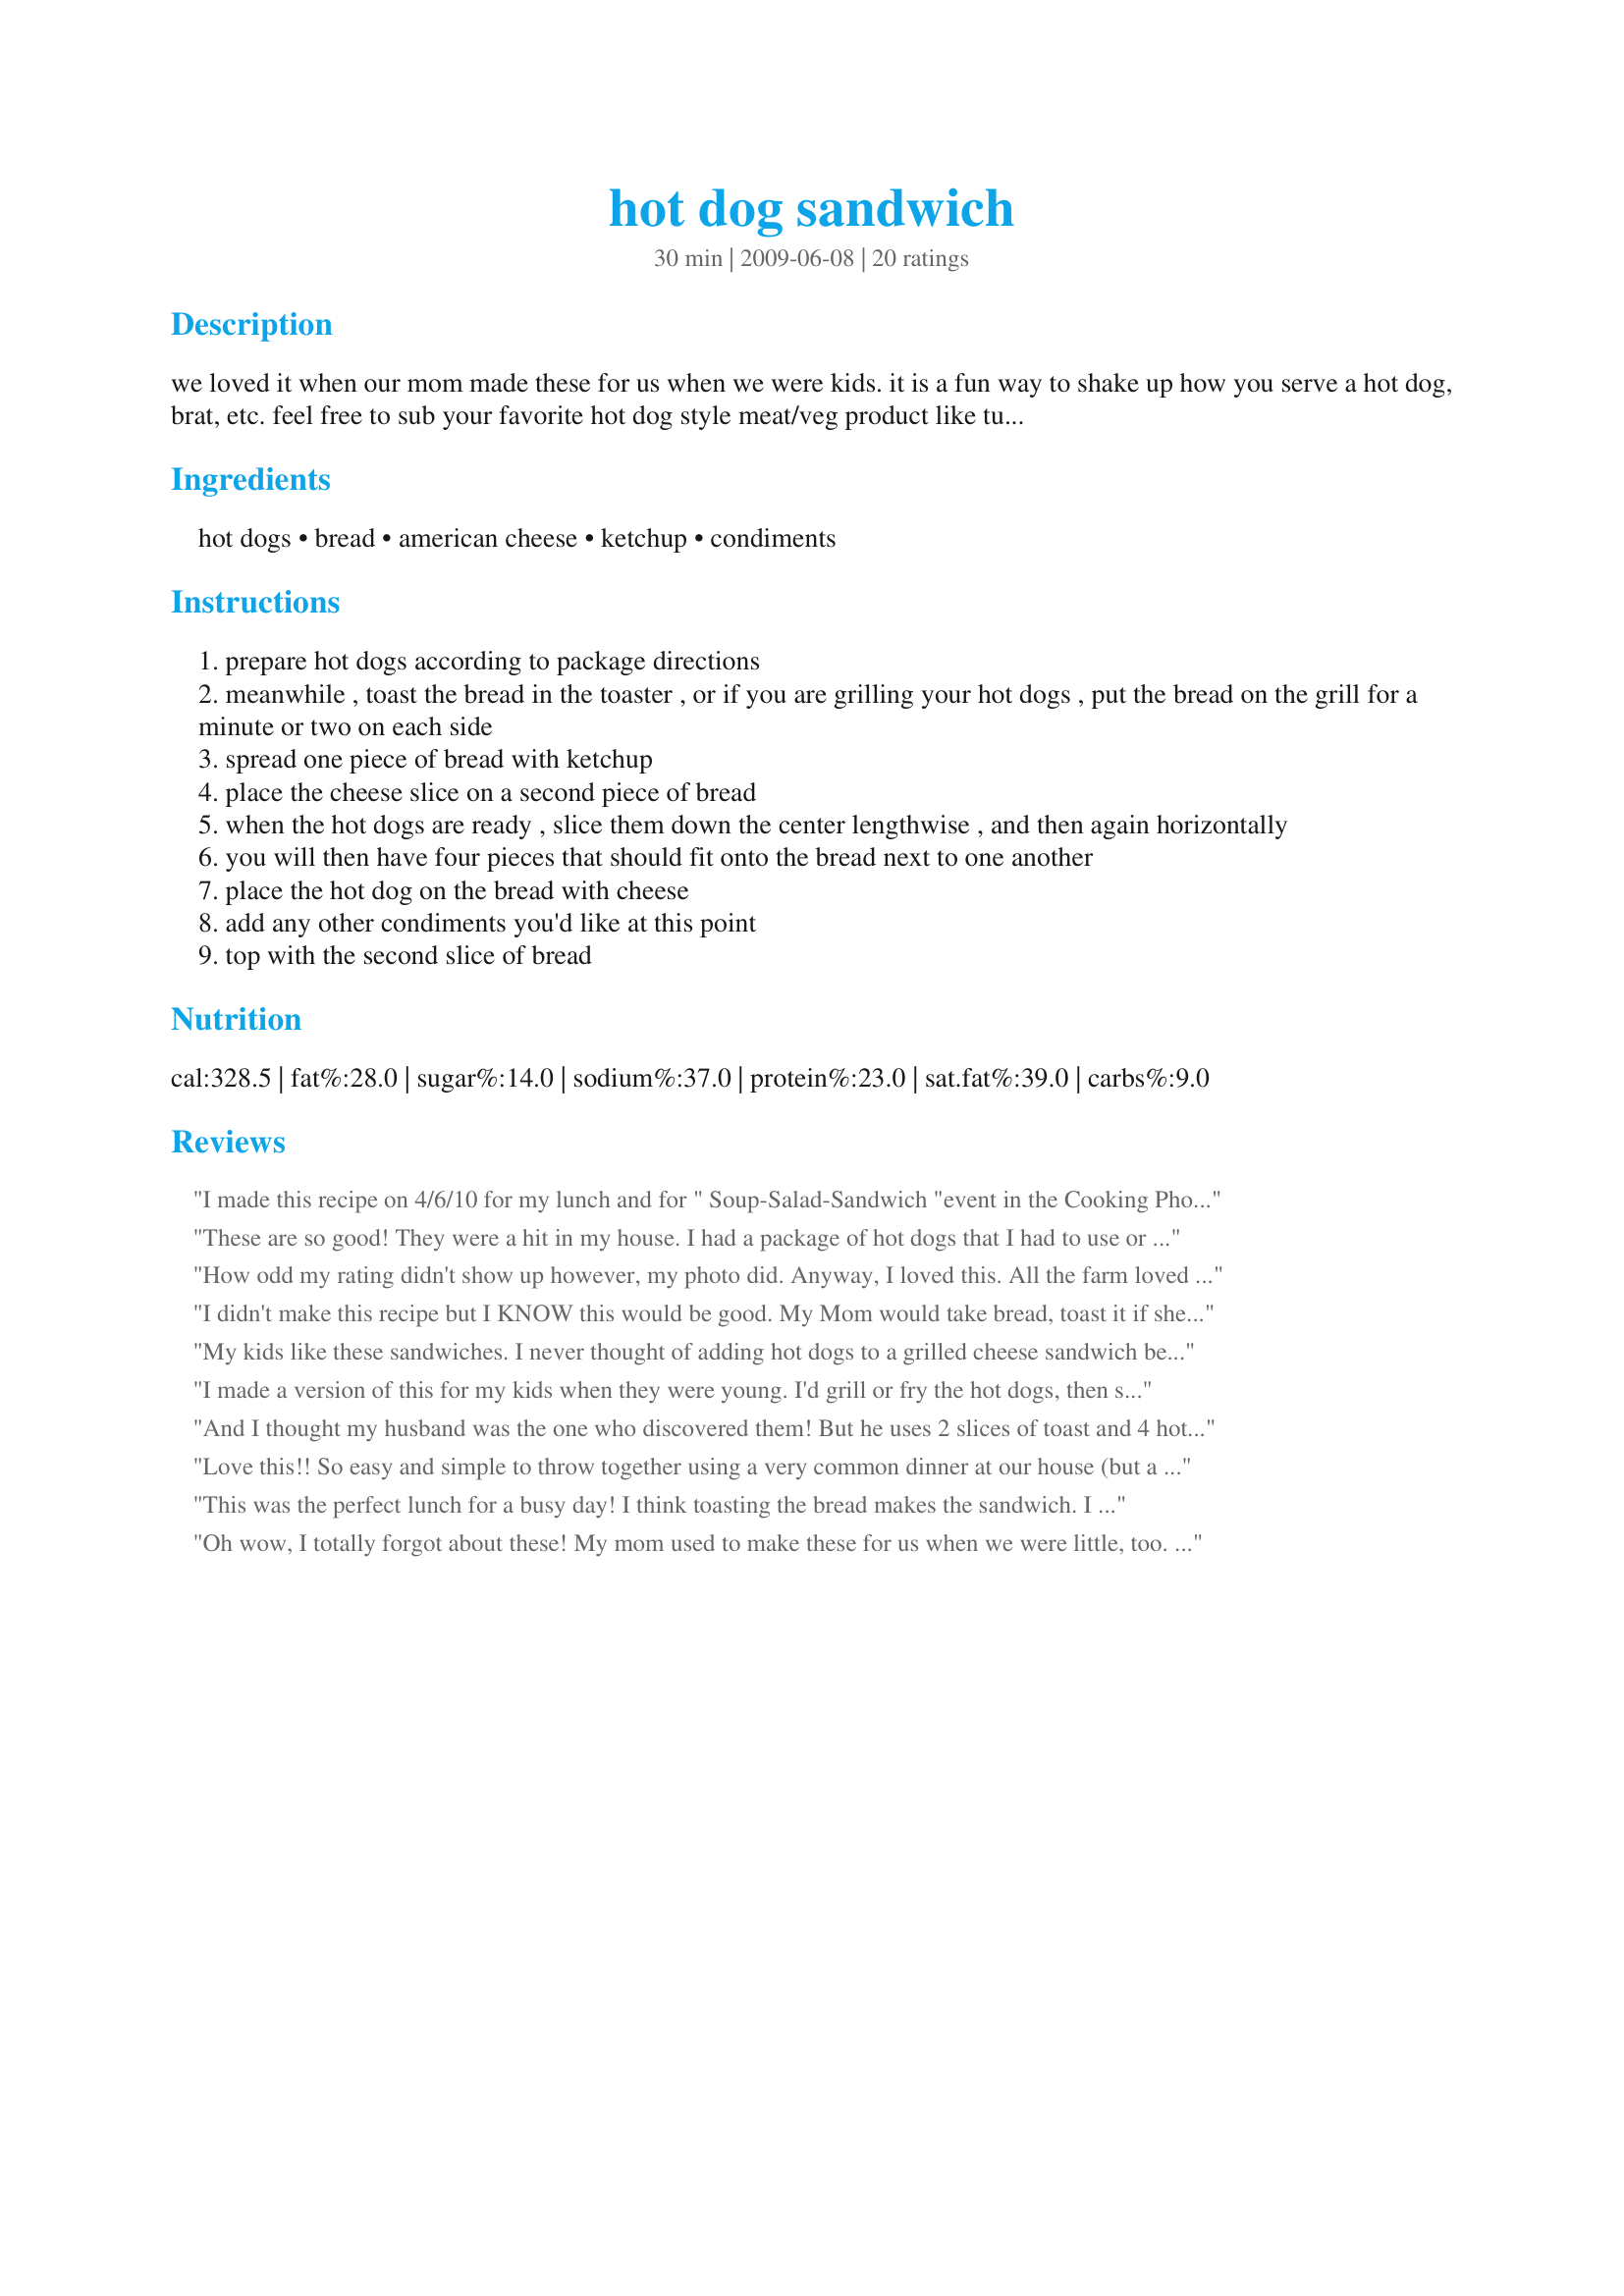
hot dog sandwich
Preparation time: 30 minutes

we loved it when our mom made these for us when we were kids. it is a fun way to shake up how you serve a hot dog, brat, etc. feel free to sub your favorite hot dog style meat/veg product like turkey dogs, veggie dogs etc.

Ingredients:
hot dogs, bread, american cheese, ketchup, condiments

Steps:
prepare hot dogs according to package directions
meanwhile , toast the bread in the toaster , or if you are grilling your hot dogs , put the bread on the grill for a minute or two on each side
spread one piece of bread with ketchup
place the cheese slice on a second piece of bread
when the hot dogs are ready , slice them down the center lengthwise , and then again horizontally
you will then have four pieces that should fit onto the bread next to one another
place the hot dog on the bread with cheese
add any other condiments you'd like at this point
top with the second slice of bread

Reviews:
I made this recipe on 4/6/10 for my lunch and for " Soup-Salad-Sandwich "event in the Cooking Photo Forum.I sort of made the recipe as it was written ;), Instead of toasting the bread, it was made sort of like a grilled cheese. Except for grilling and adding some onions, the recipe was made as written. It's hard to believe that something so simple could be so good. Thank you for posting and, " Keep Smiling :) "
These are so good! They were a hit in my house. I had a package of hot dogs that I had to use or lose and no buns. Luckily I found this recipe and it will definitely be going into my rotation for when I need something quick and easy. I did make a few changes though. I didn&#039;t put ketchup on it because not everyone in my house likes it. Also, I did a regular grilled cheese and just added the cooked hot dogs. So I Buttered the bread, put garlic salt and parmesan cheese on it, put it in the pan buttered side down, added the cheese and hot dog and cooked both sides till brown. So good!!
How odd my rating didn't show up however, my photo did. Anyway, I loved this. All the farm loved this. This is the type of comfort sandwich that just is so.......right. And so yummy. A great treat, and so very generous on taste. I first boiled these for 5 minutes, sliced them, and put them on the grill for about 2 more minutes, along with the bread, (I used a crispy country loaf) and spread the ketchup on the bottom, added the cheese, put this on the grill a bit more (about 30 seconds) and jammed into DH's mouth. Well, he jammed in, I just handed it to him, (after he put on some minced ice cold onion too). Great nostalgic picnic treat~ Made for *Everyday is a Holiday* July 2009
I didn't make this recipe but I KNOW this would be good. My Mom would take bread, toast it if she felt like it, and then put Miracle Whip on the bread. She would fry an egg over hard and then put egg topped with hotdogs , sliced lengthwise, on the bread. She would put cheese on mine, topped with onions and ketchup. It was an awesome food to grub on and I still eat them to this day. YUM!!!
My kids like these sandwiches. I never thought of adding hot dogs to a grilled cheese sandwich before, but this went over really well with the kids.
I made a version of this for my kids when they were young. I'd grill or fry the hot dogs, then slice them in half....sometime I'd just cut little discs. Then I'd melt a little butter in a skillet and spread it on one half of two slices of bread. Put a slice of cheese and the hotdogs between the slices of bread, and make a grilled hotdog & cheese sandwich. Then I'd mix whatever each kid liked on their hot dog...ketchup and mayo, mayo and mustard, etc in a little ramekin and they would dunk the sandwich into the sauce. Really easy kid friendly lunch!
And I thought my husband was the one who discovered them! But he uses 2 slices of toast and 4 hot dogs. I like mine with mustard but he likes them just like in your recipe.If I'll tell him I reviwed this he'll ask for some!
Love this!! So easy and simple to throw together using a very common dinner at our house (but a nice way to switch it up a little, or when out of buns!!).
This was the perfect lunch for a busy day! I think toasting the bread makes the sandwich. I put the cheese over the hotdogs & melted it under the broiler beforeadding the toppings (personal preference). I also added fried onions to the topping (along with some mustard & relish). So simple, but so good!
Oh wow, I totally forgot about these! My mom used to make these for us when we were little, too. She didn't put the cheese on them (or at least I don't recall cheese...), and I wouldn't make them that way now (I prefer just mustard), but othwerwise this is a great, different way to eat hot dogs. Great post!
We made this all the time at home when we ran out of hot dog buns. I prefer it without the cheese, but Mom always added cheese to hers. Thanks for the reminder of simpler times!
Easy and so good! I used veggie hot dogs and whole wheat toast. Thanks! Made for being VIP in the Vegetarian Swap-Aug. 2010.
A sandwich approved by my sure-fire, pass-fail taste tester--the 3 year old grandbaby. Made for Everyday Is A Holiday.
I halved this for myself, and made it on a homemade cheese roll. I left off the ketchup, but added some dill chips. Tasty sandwich!
What a tasty, easy, different way to do a hot dog! I made as directed, and added some mustard. It's perfect for the last few hot dogs in the pack that you ran out of hot dog buns for! Thanks for posting! Made for Theirs, Yours, & Mine Photo Tag.
My mum used to make these all the time when I was a kid. Never with the cheese though. The cheese is a wonderful addition. I can't believe how it has been since I had one of these. I enjoyed it very much. I put mine on my GF countertop grill/press to let the cheese melt a bit. Yum!
I had to make this twice because.... The first time I made it I used whole wheat bread because we don't eat white bread anymore and I used bratwurst instead of hot dogs and DH applied his sliced onion condiment; neither of us liked this very well, and never having had these growing up -- we might be too old! lol DH is so intrigued by the simplicity of the recipe and that we like hot dogs, he made them again tonight with these changes: he soaked the bread in egg as you do with French toast, added BBQ sauce to the ketchup, and he fried the hot dogs and the completed sandwiches in butter. These changes did it for us and this will be staple lunch fare around here! Thanks Starrynews. Made for Spring 2010 PAC.
I thought everyone knew about this little gem! I prefer eating my hotdogs this way, adding mustard & mayo to the bread. To make the sandwich easier to handle I cut it in half between the dogs. Reviewed for Everyday is a Holiday Tag
These are wonderful! So simple and tasty! A nice alternative way to serve hot dogs. Thanks for sharing.
Yum! I've done something like this with bagels but bread works well too! This is such a great idea, especially considering you can never buy the same amount of hot dogs as buns (silly, right?). I substituted a vegetarian hot dog for the Veg Swap game. For extra condiments, I added a little ranch and avocado. Next time I think I'll use 1 and 1/2 hot dogs per sandwich to cover the whole thing.
